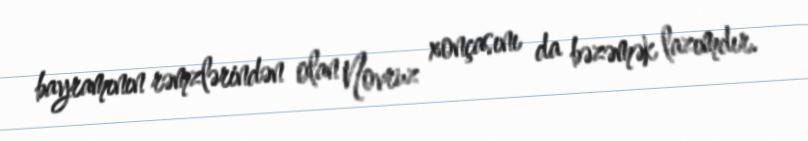
bayramının rəmzlərindən olan Novruz xonçasını da bəzəmək lazımdır.